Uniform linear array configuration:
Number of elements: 64
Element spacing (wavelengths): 0.25
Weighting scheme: hann
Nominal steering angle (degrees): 45
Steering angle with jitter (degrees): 46.095
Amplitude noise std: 0.05
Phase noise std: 0.05

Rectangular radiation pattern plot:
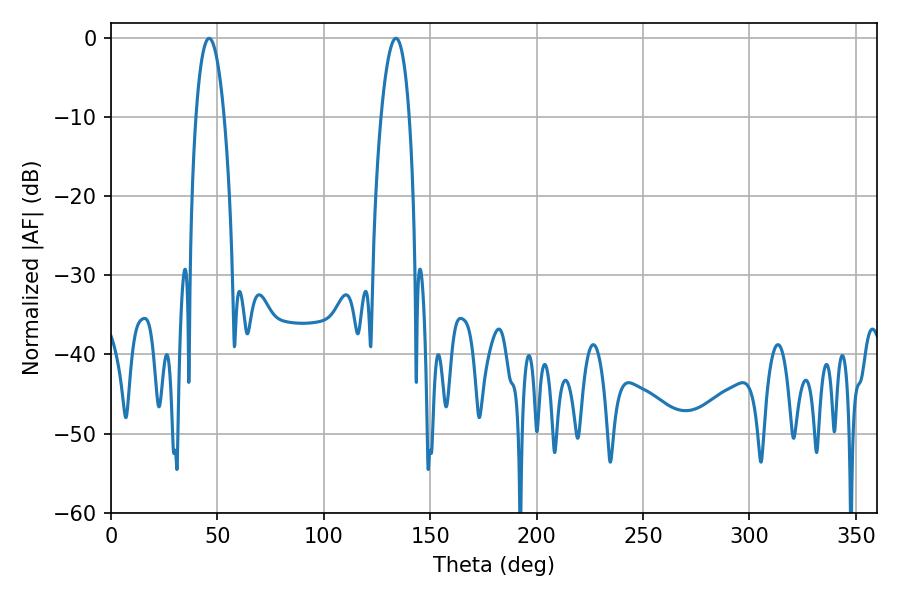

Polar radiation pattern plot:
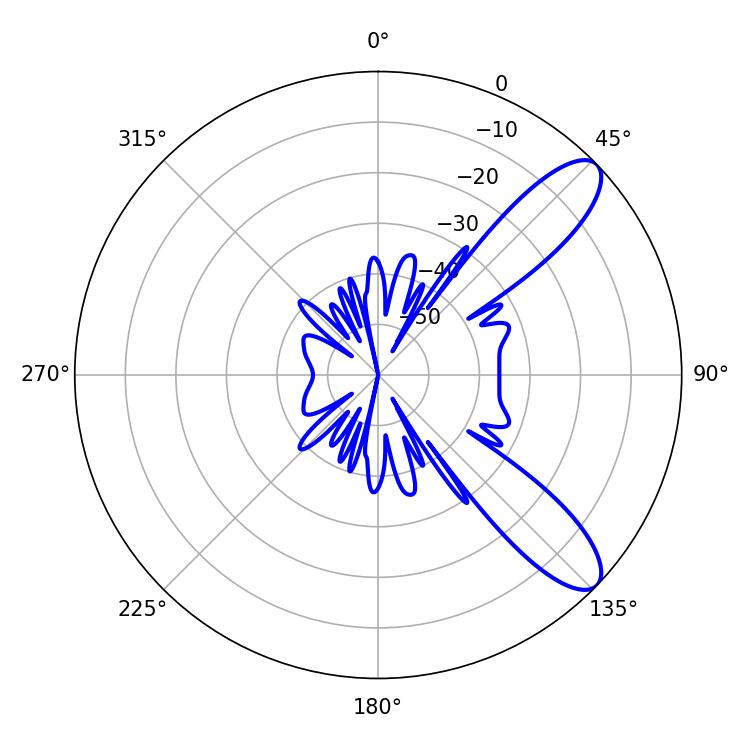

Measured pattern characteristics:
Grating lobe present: FALSE
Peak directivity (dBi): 10.011
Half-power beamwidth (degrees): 7.38
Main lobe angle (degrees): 46.08